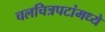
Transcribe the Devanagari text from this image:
चलचित्रपटांमध्ये